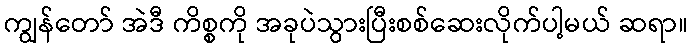
ကျွန်တော် အဲဒီ ကိစ္စကို အခုပဲသွားပြီးစစ်ဆေးလိုက်ပါ့မယ် ဆရာ။